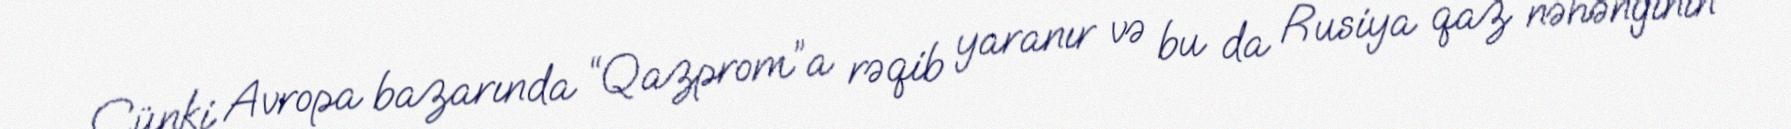
Çünki Avropa bazarında “Qazprom”a rəqib yaranır və bu da Rusiya qaz nəhənginin